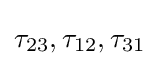
\tau _{23},\tau _{12},\tau _{31}